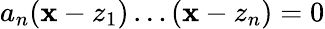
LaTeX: a_{n}(\mathbf{x}-z_{1})\dots(\mathbf{x}-z_{n})=0